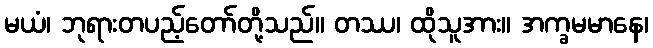
မယံ၊ ဘုရားတပည့်တော်တို့သည်။ တဿ၊ ထိုသူအား။ အက္ခမမာနေ၊